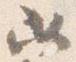
必